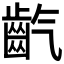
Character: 𪗟